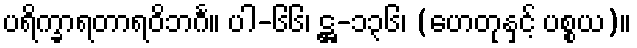
ပရိက္ခာရတာရဝိဘင်္ဂ။ ပါ-၆၆၊ ဋ္ဌ-၁၃၆၊ (ဟေတုနှင့် ပစ္စယ)။